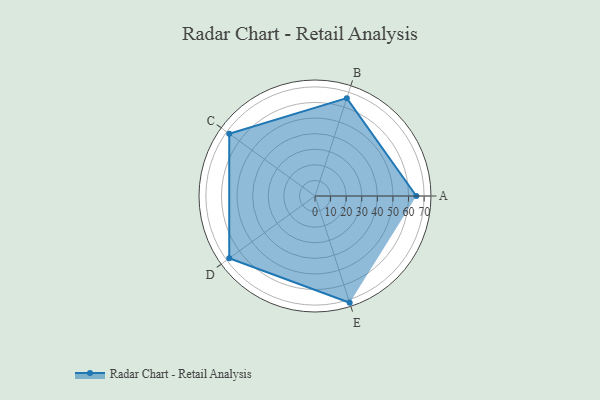
{"axis": {"x": "Skill", "y": "Score"}, "legend": ["Profile"], "data": [{"x": "A", "y": 65.0, "type": "Profile"}, {"x": "B", "y": 66.0, "type": "Profile"}, {"x": "C", "y": 68.0, "type": "Profile"}, {"x": "D", "y": 68.0, "type": "Profile"}, {"x": "E", "y": 72.0, "type": "Profile"}]}